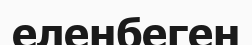
еленбеген